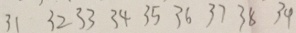
3 1 3 2 3 3 3 4 3 5 3 6 3 7 3 8 3 9